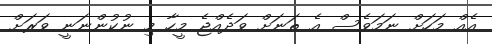
އެއް މަހަށް ނަމަވެސް އެ ތަނަށް ވަދެއްޖެ މީހާ މި ނުކުންނަނީ ވަރަށް